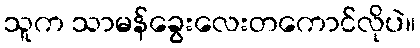
သူက သာမန်ခွေးလေးတကောင်လိုပဲ။